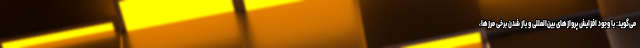
می‌گوید: با وجود افزایش پروازهای بین‌المللی و باز شدن برخی مرزها،